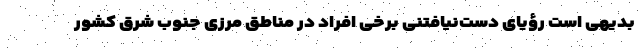
بدیهی است رؤیای دست‌نیافتنی برخی افراد در مناطق مرزی جنوب شرق کشور